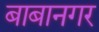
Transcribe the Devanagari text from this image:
बाबानगर